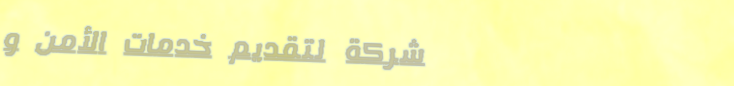
شركة لتقديم خدمات الأمن و